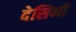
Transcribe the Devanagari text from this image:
देसिनी